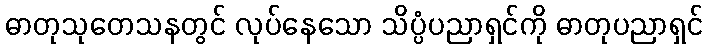
ဓာတုသုတေသနတွင် လုပ်နေသော သိပ္ပံပညာရှင်ကို ဓာတုပညာရှင်